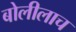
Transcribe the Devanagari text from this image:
बोलीलाच